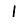
Digit: 1